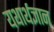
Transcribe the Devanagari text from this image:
यथार्थज्ञान